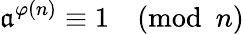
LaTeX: \mathfrak{a}^{\varphi(n)}\equiv1{\pmod{n}}